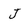
Character: J